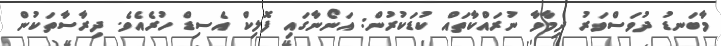
މާބަނޑު ދުވަސްވަރު ދިމާވާ ނުރައްކާތައް ކުޑަކުރުން: އަނޯނާގައި ފޮލިކް އެސިޑް ހުރެއެވެ. ދިރާސާތަކުން